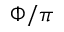
\Phi / \pi